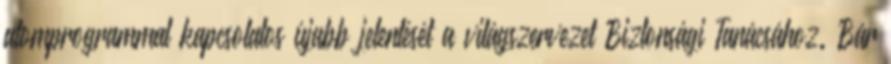
atomprogrammal kapcsolatos újabb jelentését a világszervezet Biztonsági Tanácsához. Bár